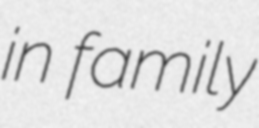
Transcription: in family